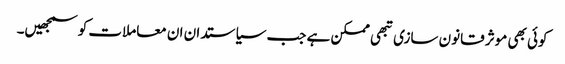
کوئی بھی موثر قانون سازی تبھی ممکن ہے جب سیاستدان ان معاملات کو سمجھیں۔